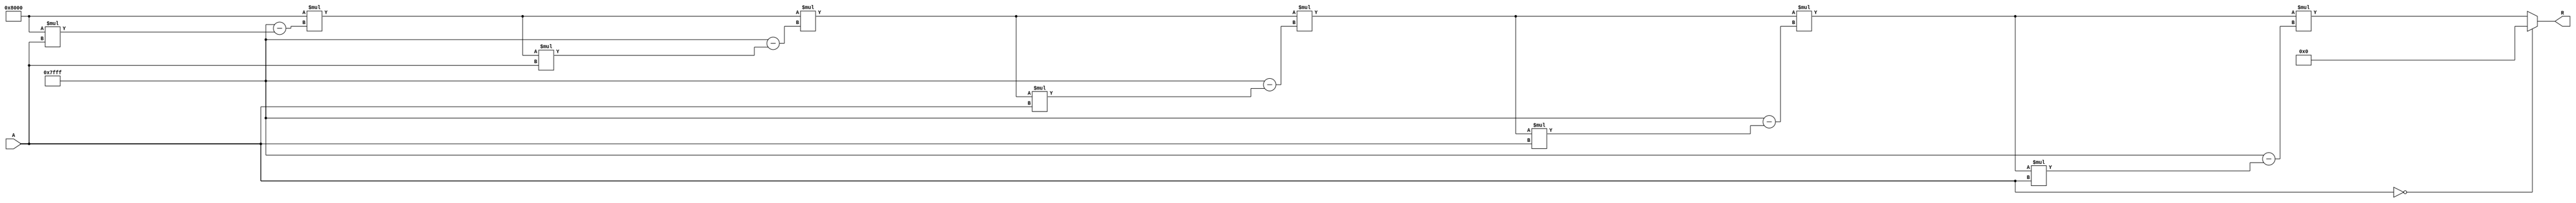
module BitwiseReciprocal #(parameter N = 16) (
    input  wire [N-1:0] A,    // n-bit input
    output reg  [N-1:0] R      // n-bit output for reciprocal
);

    // Internal variables
    reg [N-1:0] approx;         // Approximation of the reciprocal
    reg [N-1:0] temp;           // Temporary variable for calculations
    integer i;                  // Loop index

    always @* begin
        // Check for zero input
        if (A == 0) begin
            R = {N{1'b0}}; // Output zero for zero input
        end else begin
            // Initial guess for the reciprocal
            approx = {1'b1, {N-1{1'b0}}}; // Start with 1.0 in fixed-point representation
            
            // Iterative refinement
            for (i = 0; i < 5; i = i + 1) begin // 5 iterations for better accuracy
                // Calculate temp = approx * A
                temp = approx * A;

                // Update approx using Newton-Raphson: approx = approx * (2 - temp)
                approx = approx * ({1'b0, {N-1{1'b1}}} - temp);
            end
            
            // Assign the final approximation to R
            R = approx;
        end
    end

endmodule